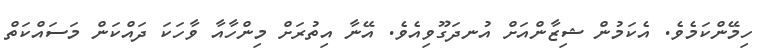
ހިމޭންކަމެވެ. އެކަމުން ޝިޒާންއަށް އުނދަގޫވިއެވެ. އޭނާ އިތުރަށް މިންހާއާ ވާހަކަ ދައްކަން މަސައްކަތް